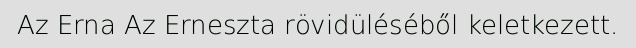
Az Erna Az Erneszta rövidüléséből keletkezett.